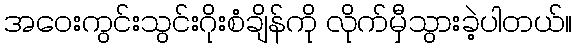
အဝေးကွင်းသွင်းဂိုးစံချိန်ကို လိုက်မှီသွားခဲ့ပါတယ်။